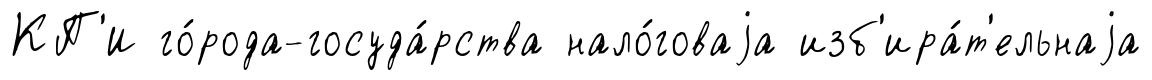
КП'И го́рода-госуда́рства нало́говаjа изб'ира́т'ельнаjа